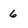
Character: 6